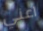
اعني